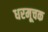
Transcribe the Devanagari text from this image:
धरमूचक